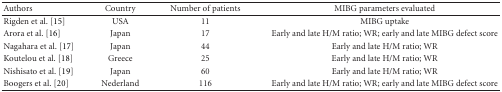
| Authors | Country | Number of patients | MIBG parameters evaluated |
 | --- | --- | --- | --- |
 | Rigden et al. [15] | USA | 11 | MIBG uptake |
 | Arora et al. [16] | Japan | 17 | Early and late H/M ratio; WR; early and late MIBG defect score |
 | Nagahara et al. [17] | Japan | 44 | Early and late H/M ratio; WR |
 | Koutelou et al. [18] | Greece | 25 | Early and late H/M ratio; WR |
 | Nishisato et al. [19] | Japan | 60 | Early and late H/M ratio; WR |
 | Boogers et al. [20] | Nederland | 116 | Early and late H/M ratio; WR; early and late MIBG defect score |